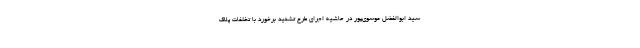
سید ابوالفضل موسوی‌پور در حاشیه اجرای طرح تشدید برخورد با تخلفات پلاک